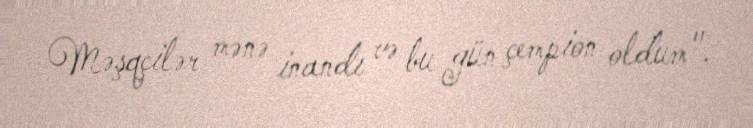
Məşqçilər mənə inandı və bu gün çempion oldum".